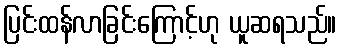
ပြင်းထန်လာခြင်းကြောင့်ဟု ယူဆရသည်။